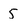
Character: 5